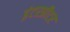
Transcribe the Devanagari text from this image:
इंटरप्रीटर